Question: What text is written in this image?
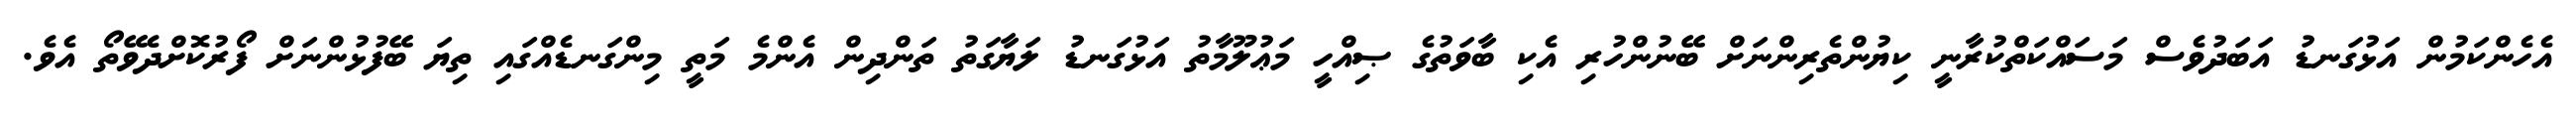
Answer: އެހެންކަމުން އަޅުގަނޑު އަބަދުވެސް މަސައްކަތްކުރާނީ ކިޔުންތެރިންނަށް ބޭނުންހުރި އެކި ބާވަތުގެ ޞިއްހީ މަޢުލޫމާތު އަޅުގަނޑު ލަޔާގަތު ތަންދިން އެންމެ މަތީ މިންގަނޑެއްގައި ތިޔަ ބޭފުޅުންނަށް ފޯރުކޮށްދެވޭތޯ އެވެ.